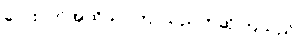
လေးပတ်အထိသာကြာသည်ဟုဆိုကြသည်။